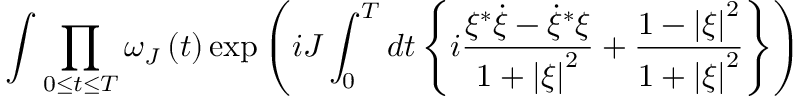
\int { \prod _ { 0 \le t \le T } { \omega _ { J } \left( t \right) } \exp \left( { i J \int _ { 0 } ^ { T } { d t \left\{ { i { \frac { \xi ^ { * } \dot { \xi } - { \dot { \xi } } ^ { * } \xi } { 1 + \left| \xi \right| ^ { 2 } } } + { \frac { 1 - \left| \xi \right| ^ { 2 } } { 1 + \left| \xi \right| ^ { 2 } } } } \right\} } } \right) }